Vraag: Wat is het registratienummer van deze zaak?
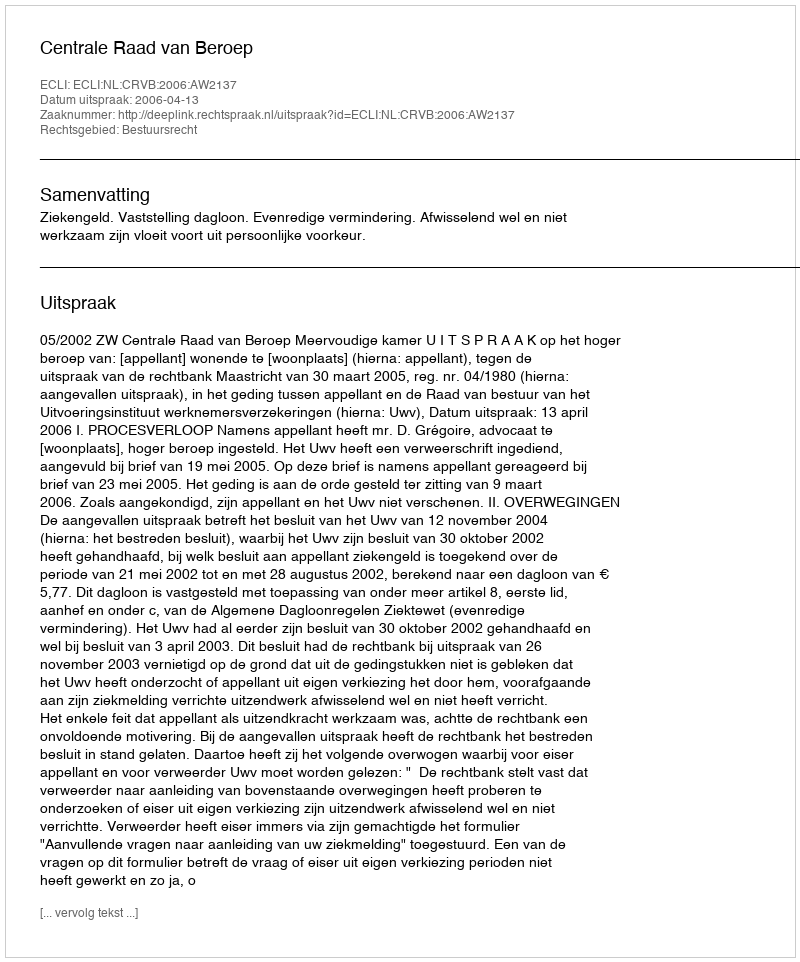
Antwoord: http://deeplink.rechtspraak.nl/uitspraak?id=ECLI:NL:CRVB:2006:AW2137